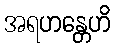
အရဟန္တေဟိ